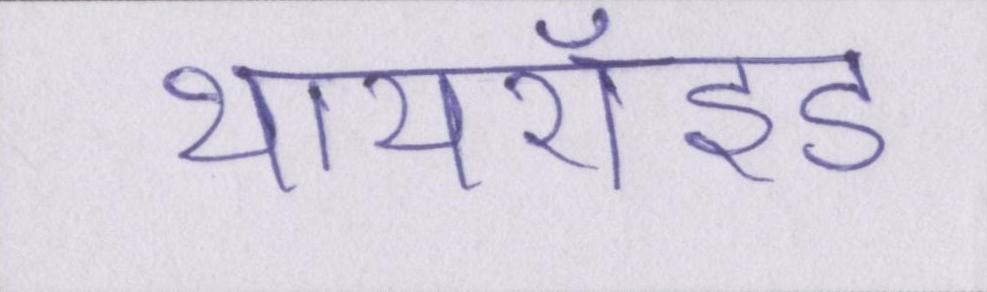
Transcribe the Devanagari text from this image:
थायरॉइड